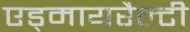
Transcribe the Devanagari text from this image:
एड्मायरैल्टी